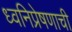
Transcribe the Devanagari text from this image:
ध्वनिप्रेषणाची